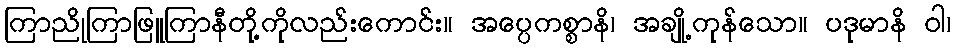
ကြာညိုကြာဖြူကြာနီတို့ကိုလည်းကောင်း။ အပ္ပေကစ္စာနိ၊ အချို့ကုန်သော။ ပဒုမာနိ ဝါ၊